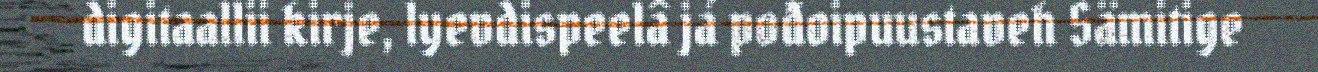
digitaallii kirje, lyevdispeelâ já pođoipuustaveh Sämitige